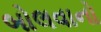
બોલવાનો